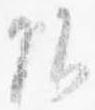
頭